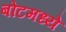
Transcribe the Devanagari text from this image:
बोटमध्ये